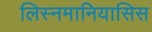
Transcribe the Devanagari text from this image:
लिस्नमानियासिस